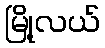
မြို့လယ်